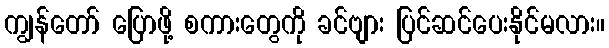
ကျွန်တော် ပြောဖို့ စကားတွေကို ခင်ဗျား ပြင်ဆင်ပေးနိုင်မလား။